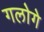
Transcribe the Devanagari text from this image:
गलोगे